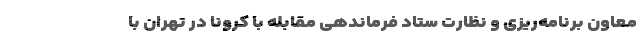
معاون برنامه‌ریزی و نظارت ستاد فرماندهی مقابله با کرونا در تهران با